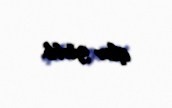
işlər görüb.